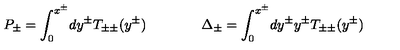
P _ { \pm } = \int _ { 0 } ^ { x ^ { \pm } } \! d y ^ { \pm } T _ { \pm \pm } ( y ^ { \pm } ) \qquad \qquad \Delta _ { \pm } = \int _ { 0 } ^ { x ^ { \pm } } \! d y ^ { \pm } y ^ { \pm } T _ { \pm \pm } ( y ^ { \pm } )